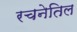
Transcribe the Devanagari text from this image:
रचनेतिल